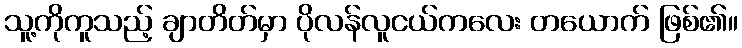
သူ့ကိုကူသည့် ချာတိတ်မှာ ပိုလန်လူငယ်ကလေး တယောက် ဖြစ်၏။